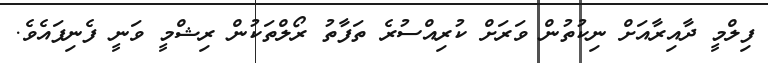
ފިލްމީ ދާއިރާއަށް ނިކުތުން ވަރަށް ކުރިއްސުރެ ތަފާތު ރޯލްތަކުން ރިޝްމީ ވަނީ ފެނިފައެވެ.